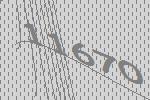
11670